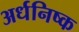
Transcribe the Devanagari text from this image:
अर्धनिष्क